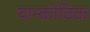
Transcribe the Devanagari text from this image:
यान्कोविक